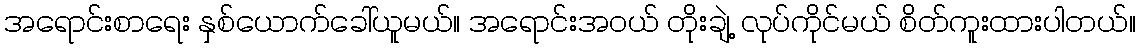
အရောင်းစာရေး နှစ်ယောက်ခေါ်ယူမယ်။ အရောင်းအဝယ် တိုးချဲ့ လုပ်ကိုင်မယ် စိတ်ကူးထားပါတယ်။